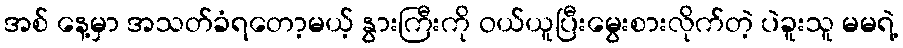
အစ် နေ့မှာ အသတ်ခံရတော့မယ့် နွားကြီးကို ဝယ်ယူပြီးမွေးစားလိုက်တဲ့ ပဲခူးသူ မမရဲ့